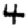
Digit: 4